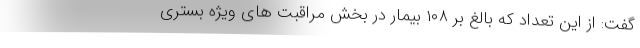
گفت: از این تعداد که بالغ بر ۱۰۸ بیمار در بخش مراقبت های ویژه بستری